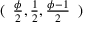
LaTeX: ( { \begin{array} { l } { { \frac { \phi } { 2 } } , { \frac { 1 } { 2 } } , { \frac { \phi - 1 } { 2 } } } \end{array} } )